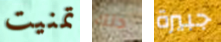
تمنيت ذلك جبيرة